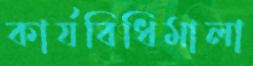
কার্যবিধিমালা